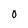
Character: O